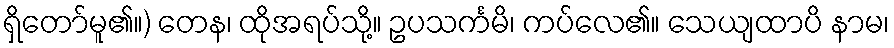
ရှိတော်မူ၏။) တေန၊ ထိုအရပ်သို့။ ဥပသင်္ကမိ၊ ကပ်လေ၏။ သေယျထာပိ နာမ၊